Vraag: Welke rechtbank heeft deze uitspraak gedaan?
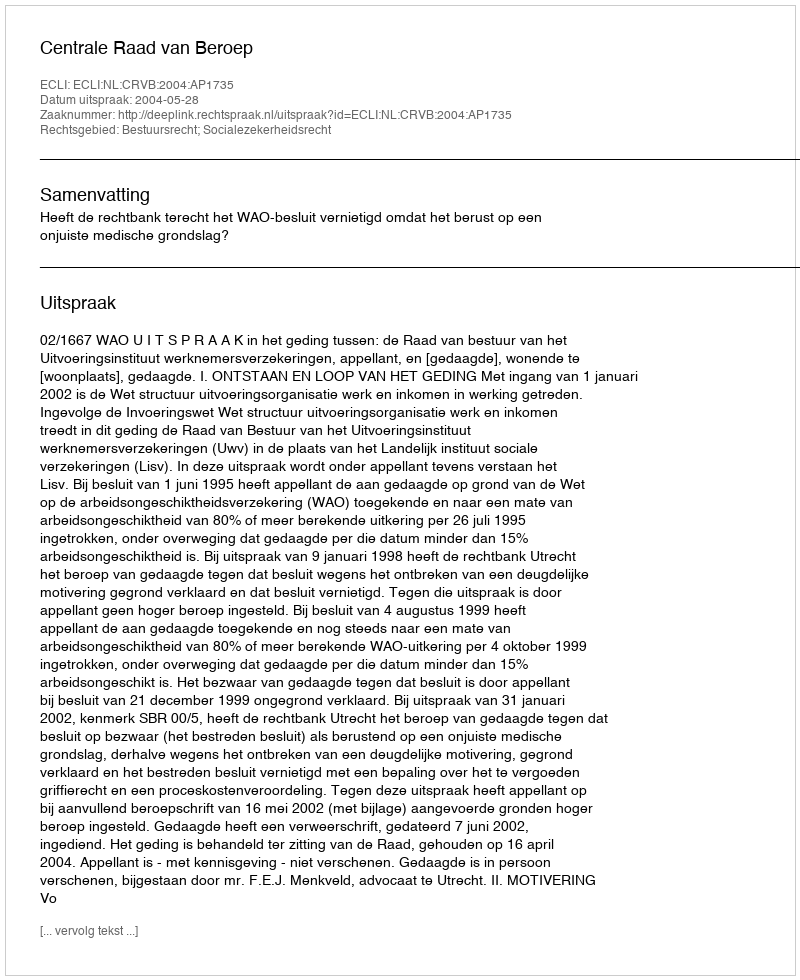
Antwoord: Centrale Raad van Beroep